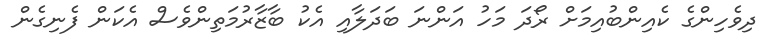
ދިވެހިންގެ ކެއިންބުއިމަށް ރޯދަ މަހު އަންނަ ބަދަލާއި އެކު ބާޒާރުމަތިންވެސް އެކަން ފެނިގެން